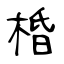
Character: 棔